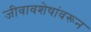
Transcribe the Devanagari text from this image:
जीवावशेषांवरून